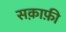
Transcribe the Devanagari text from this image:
सक़ाफ़ी